Source: Handwritten
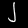
Digit: ၂ (2)